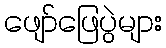
ဖျော်ဖြေပွဲများ